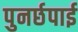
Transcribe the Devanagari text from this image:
पुनर्छपाई